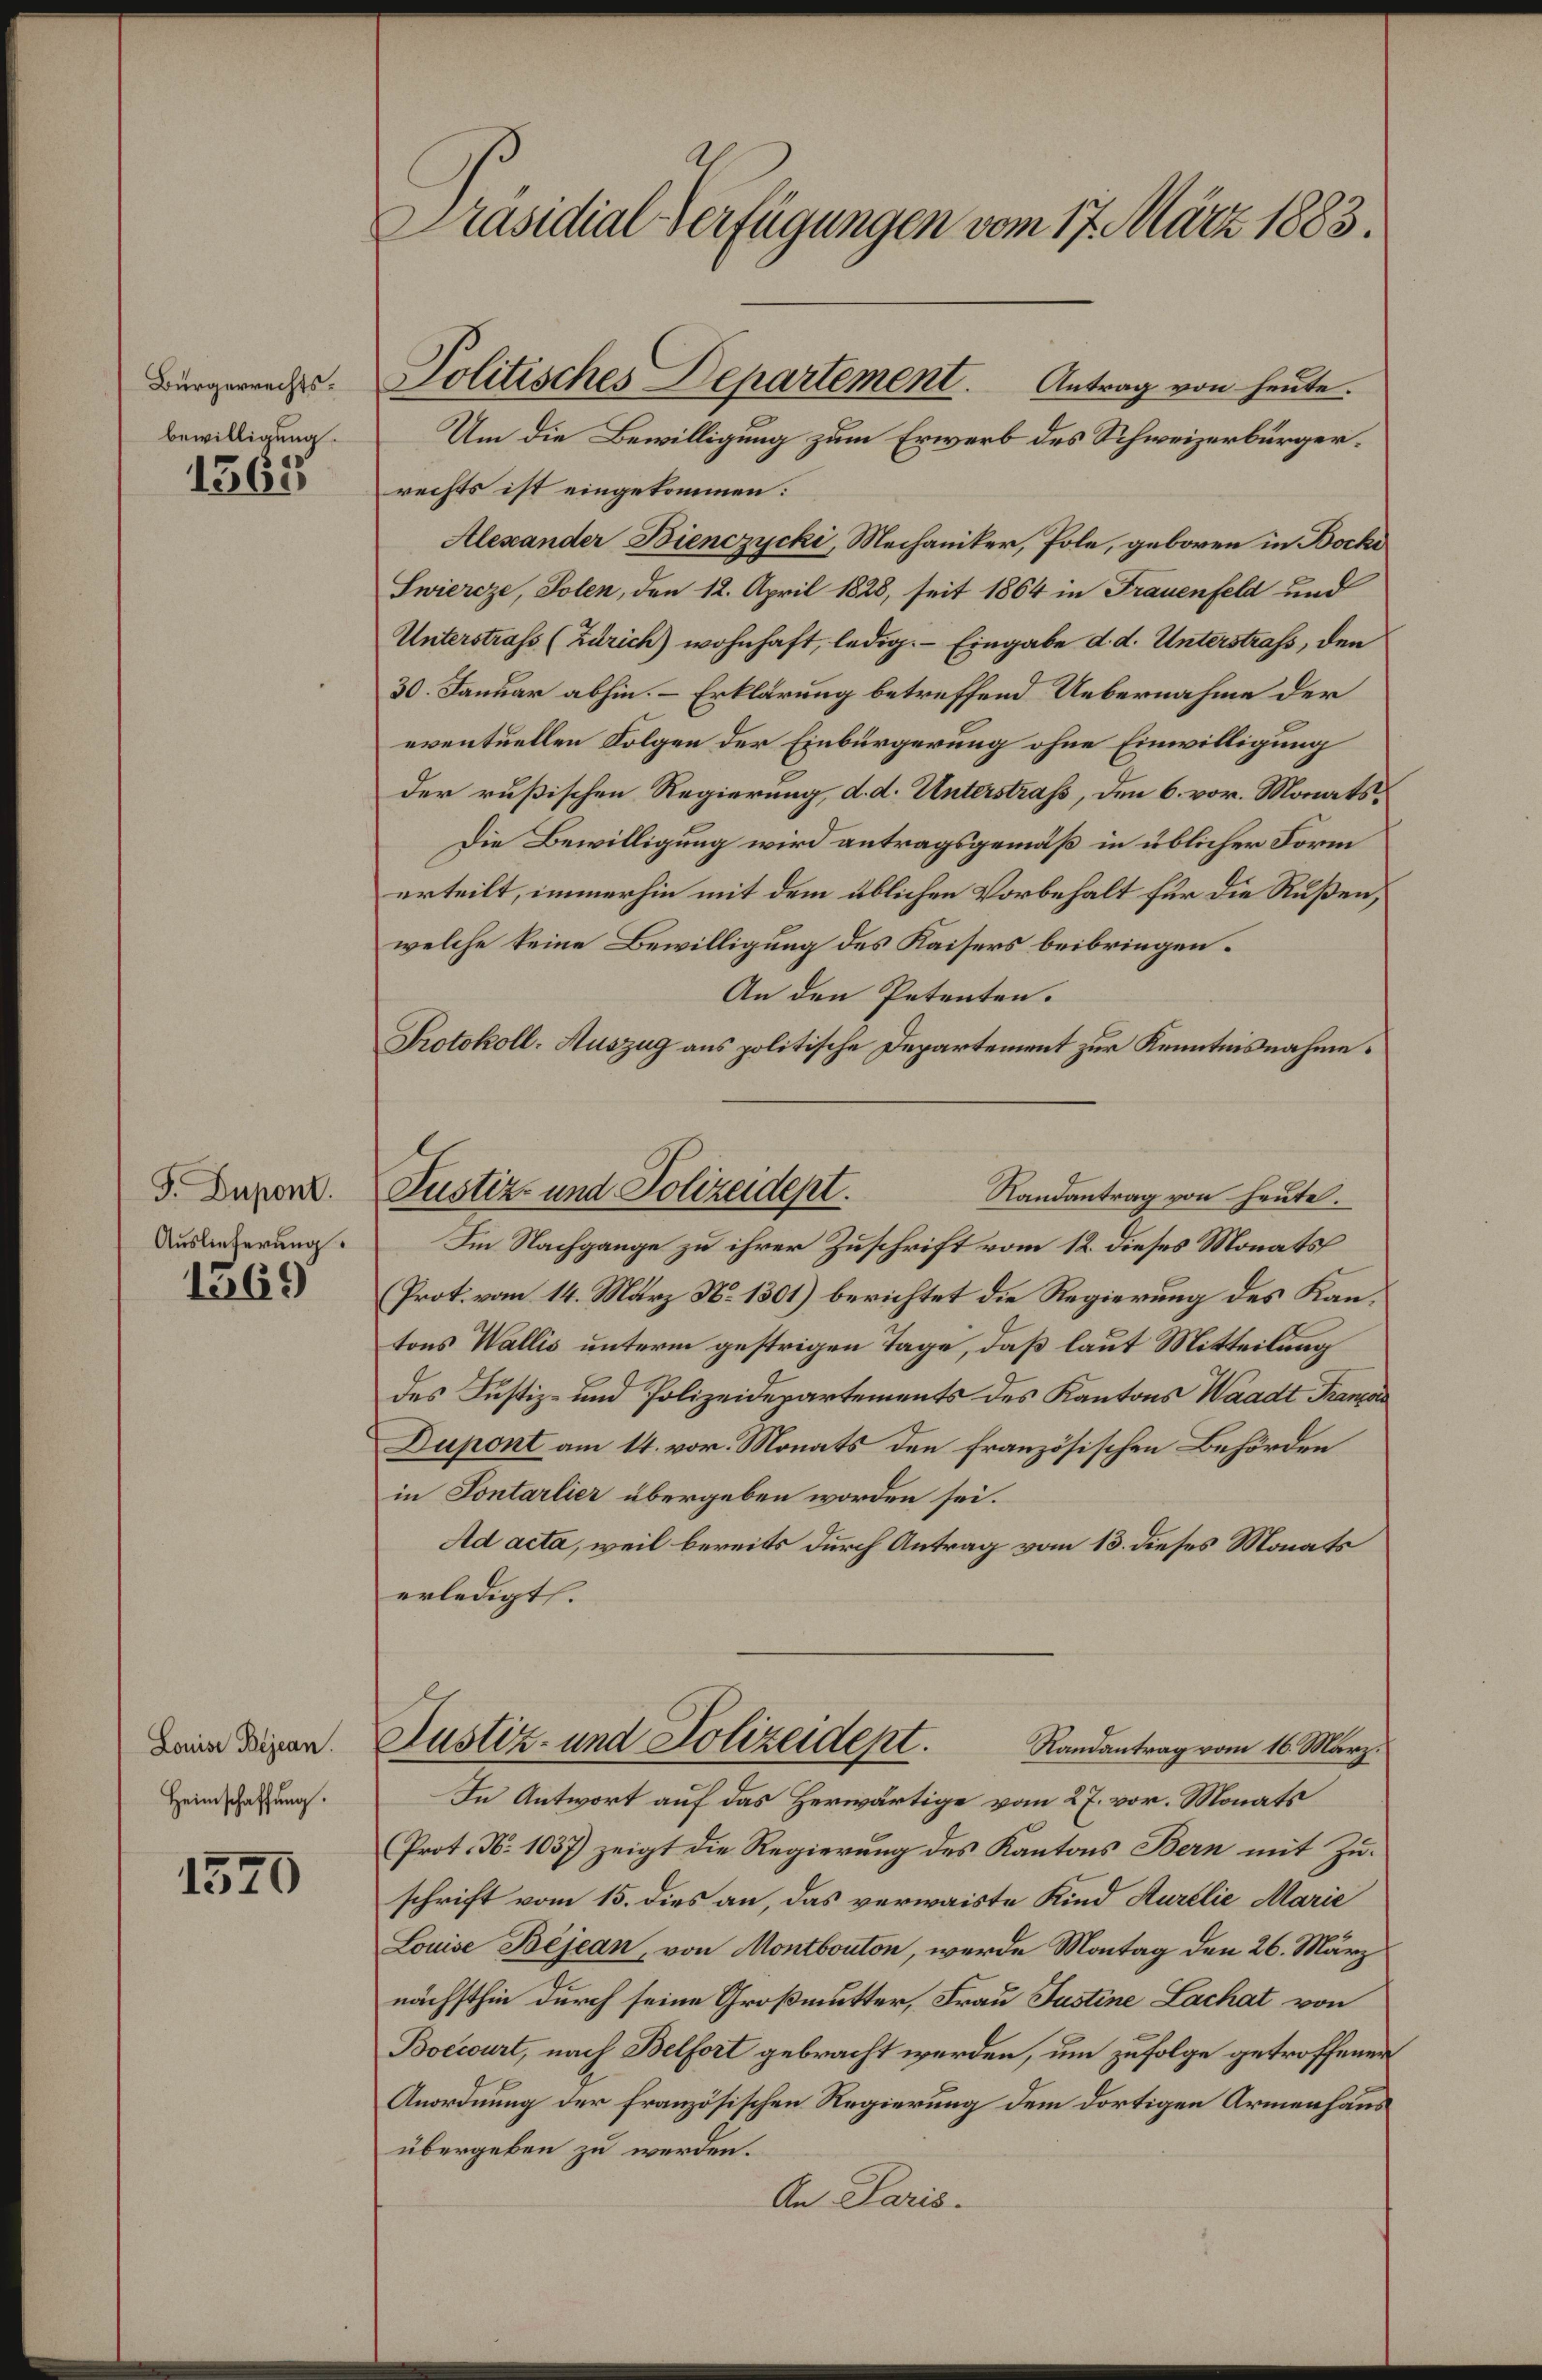
Bürgerrechtsbewilligung.

1363

F. Dupont.
Auslieferung.

1369

Louise Bejean.
Heimschaffung.

1520

Präsidial-Verfügungen vom 17. März 1883.

Um die Bewilligung zum Erwerb des Schweizerbürgerrechts ist eingekommen:
Alexander Bienczycki, Mechaniker, Pole, geboren in Bocke
Swiercze, Solen, den 12. April 1828, seit 1864 in Frauenfeld und
Unterstrafs (Zürich) wohnhaft, ledig. Eingabe d. d. Unterstrafs, den
30. Januar abhin. – Erklärung betreffend Uebernahme der
eventuellen Folgen der Einbürgerung ohne Einwilligung
der rußischen Regierung, d. d. Unterstraß, den 6. vor. Monats¬
Die Bewilligung wird antragsgemäß in üblicher Form
erteilt, immerhin mit dem üblichen Vorbehalt für die Rußen,
welche keine Bewilligung des Kaisers beibringen.
An den Petenten.
Protokoll-Auszug aus politische Departement zur Kenntnisnahme.
Im Nachgange zu ihrer Zuschrift vom 12. dieses Monats
Prot. vom 14. März N. 1301) berichtet die Regierung des Kantons Wallis unterm gestrigen Tage, daß laut Mitteilung
des Justiz- und Polizeidepartements des Kantons Waadt Francor
Dupont am 14. vor. Monats den französischen Behörden
in Sontarlier übergeben worden sei.
Ad acta, weil bereits durch Antrag vom 13. dieses Monats
erledigt.
Justiz- und Polizeidept. Randantrag vom 16. März.
In Antwort auf das Herwärtige vom 27. vor. Monats
Prot. N. 1037) zeigt die Regierung des Kantons Bern mit Zuschrift vom 15. dies an, das verwaiste Kind Kurelie Marie
Louise Bejean, von Montbouton, werde Montag den 26. März
nächsthin durch seine Großmutter, Frau Justine Lachat von
Boccourt, nach Belfort gebracht werden, um zufolge getroffener
Anordnung der französischen Regierung dem dortigen Armenhaus
übergeben zu werden.
An Paris.

Politisches Departement. Antrag von heute.

Justiz- und Polizeidept.
Randantrag von heute.